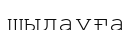
шыдауға